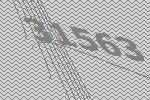
31563